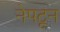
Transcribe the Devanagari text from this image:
नेपटून